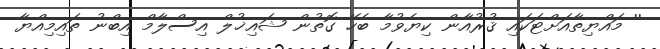
'' މައްޔިތާއަށްޓަކައި ޤުރުއާން ކިޔެވުމާ ބެހޭ ގޮތުން ޝައިޚުލް އިސްލާމް އިބްނު ތައިމިއްޔާ